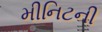
મીનિટની